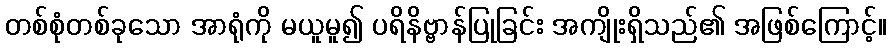
တစ်စုံတစ်ခုသော အာရုံကို မယူမူ၍ ပရိနိဗ္ဗာန်ပြုခြင်း အကျိုးရှိသည်၏ အဖြစ်ကြောင့်။